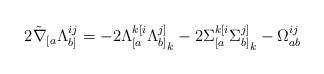
LaTeX: \begin{align*}2\tilde{\nabla}_{[a}\Lambda_{b]}^{ij} = -2\Lambda_{[a}^{k[i}{\Lambda_{b]}^{j]}}_{k} - 2{\Sigma_{[a}^{k[i}}{\Sigma_{b]}^{j]}}_{k} -\Omega_{ab}^{ij}\end{align*}